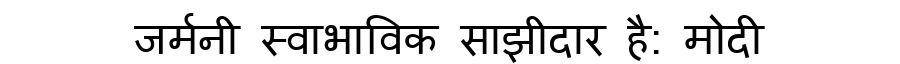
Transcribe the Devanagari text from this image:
जर्मनी स्वाभाविक साझीदार है: मोदी